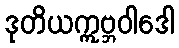
ဒုတိယဣဗ္ဘဝါဒေါ